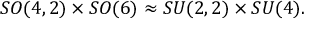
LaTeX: S O ( 4 , 2 ) \times S O ( 6 ) \approx S U ( 2 , 2 ) \times S U ( 4 ) .